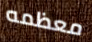
معظمه